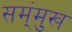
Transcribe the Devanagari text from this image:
सम्ंमुख